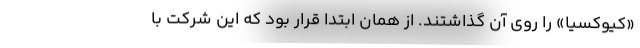
«کیوکسیا» را روی آن گذاشتند. از همان ابتدا قرار بود که این شرکت با